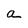
Character: a